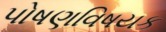
પોષણવિષયક